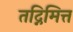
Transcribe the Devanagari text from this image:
तद्निमित्त